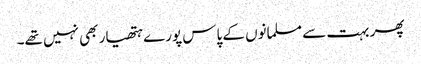
پھر بہت سے مسلمانوں کے پاس پورے ہتھیار بھی نہیں تھے۔